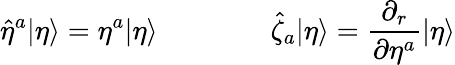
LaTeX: \hat{\eta}^{a}|\eta\rangle=\eta^{a}|\eta\rangle\qquad\qquad\hat{\zeta}_{a}|\eta\rangle=\frac{\partial_{r}}{\partial\eta^{a}}|\eta\rangle